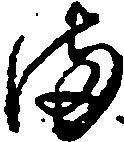
備